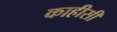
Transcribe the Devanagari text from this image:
काहीसी